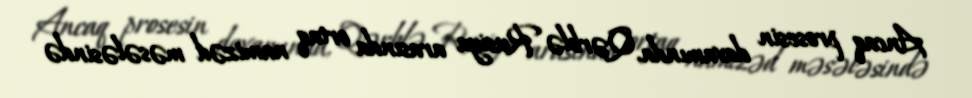
Ancaq prosesin davamında, Qərblə Rusiya arasında ortaq namizəd məsələsində